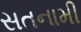
સતનામી